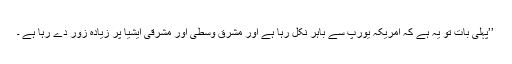
’’پہلی بات تو یہ ہے کہ امریکہ یورپ سے باہر نکل رہا ہے اور مشرقِ وسطیٰ اور مشرقی ایشیا پر زیادہ زور دے رہا ہے ۔